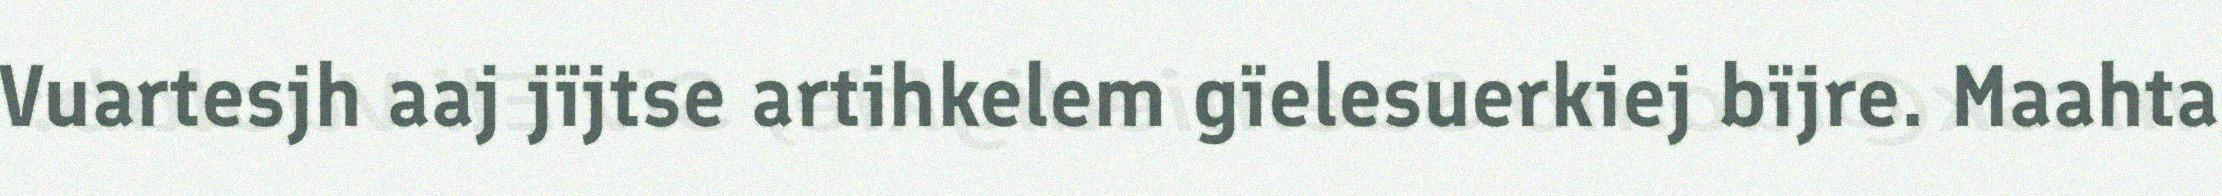
Vuartesjh aaj jïjtse artihkelem gïelesuerkiej bïjre. Maahta